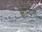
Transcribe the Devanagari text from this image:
क्षोभ्यता